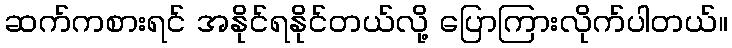
ဆက်ကစားရင် အနိုင်ရနိုင်တယ်လို့ ပြောကြားလိုက်ပါတယ်။